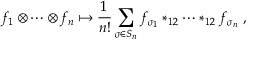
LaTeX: f _ { 1 } \otimes \cdots \otimes f _ { n } \mapsto \frac { 1 } { n ! } \sum _ { \sigma \in S _ { n } } f _ { \sigma _ { 1 } } \ast _ { 1 2 } \cdots \ast _ { 1 2 } f _ { \sigma _ { n } } \; ,